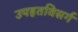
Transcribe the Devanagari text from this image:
उपहतविसर्ग